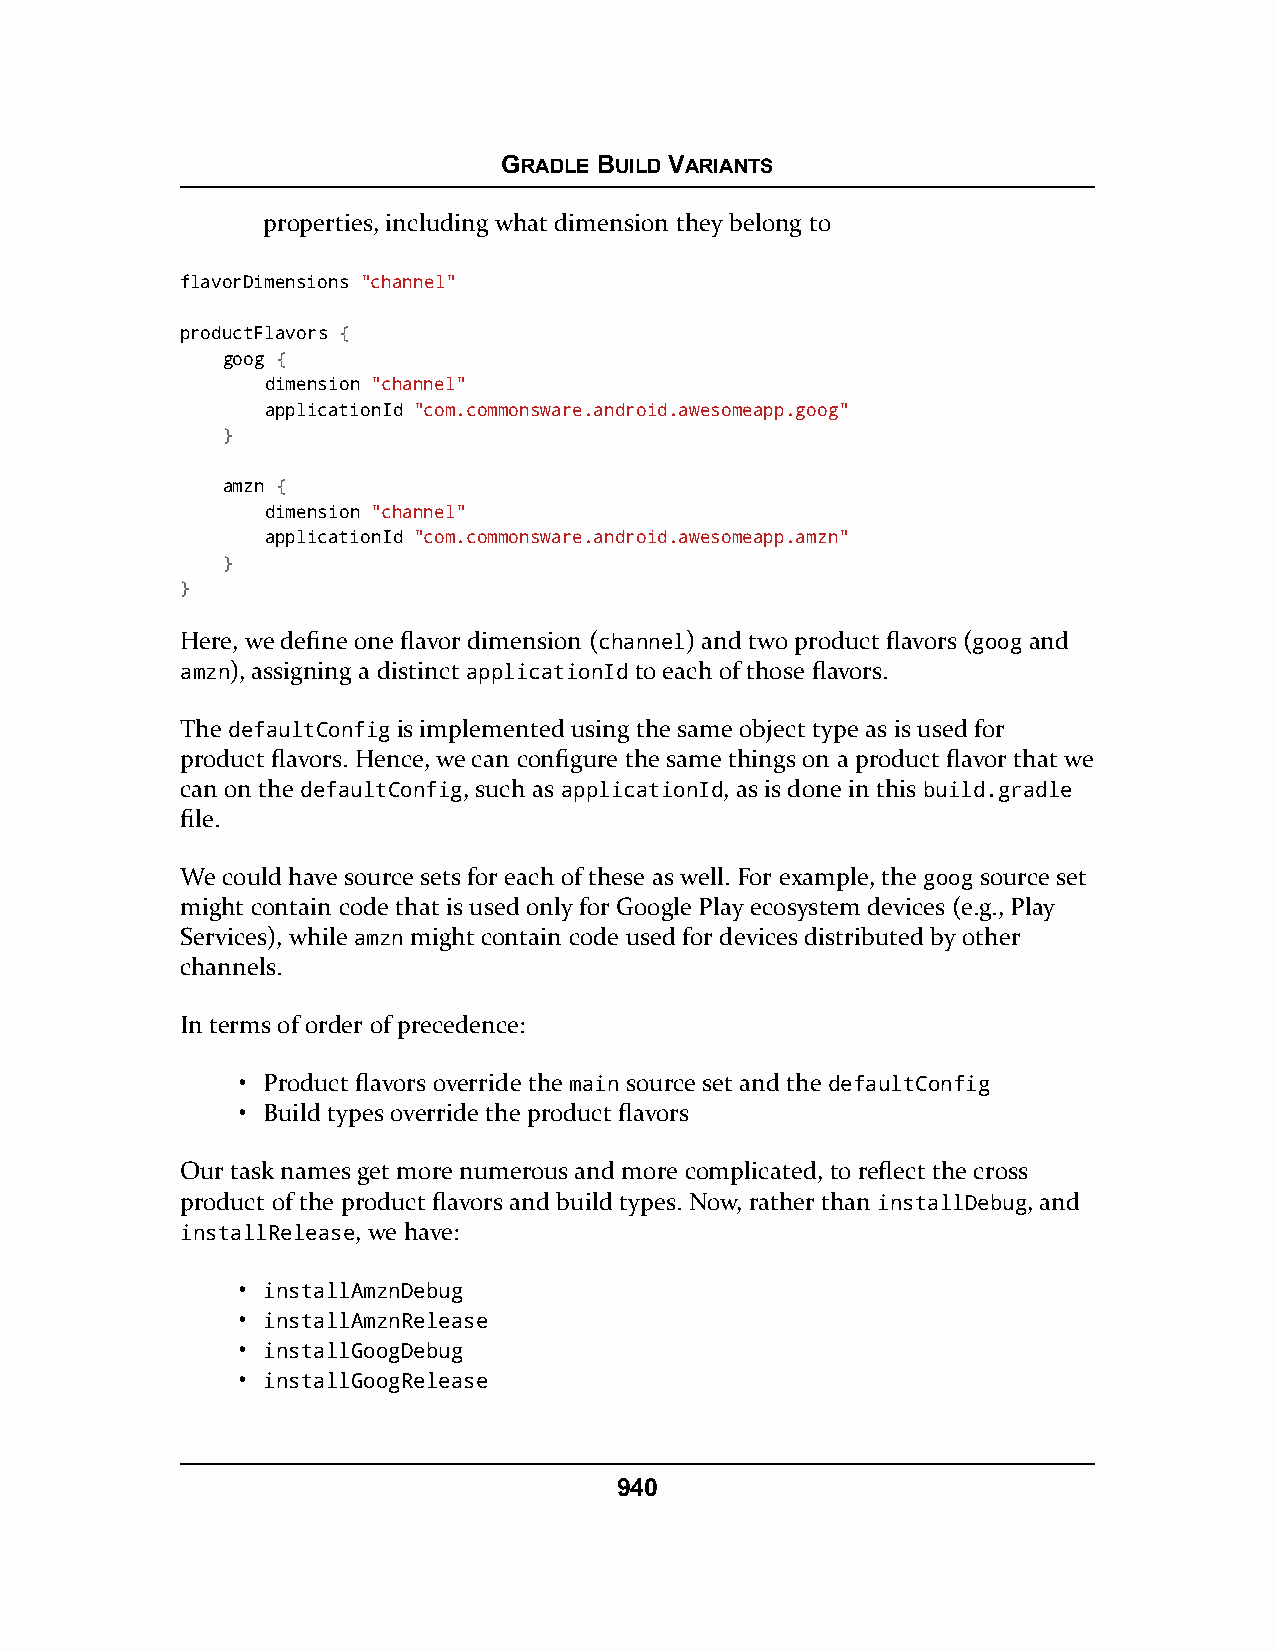
GRADLE BUILD VARIANTS
 properties, including what dimension they belong to
 flavorDimensions "channel"
 productFlavors {
 goog {
 dimension "channel"
 applicationId "com.commonsware.android.awesomeapp.goog"
 }
 amzn {
 dimension "channel"
 applicationId "com.commonsware.android.awesomeapp.amzn"
 }
 }
 Here, we define one flavor dimension (channel) and two product flavors (goog and
 amzn), assigning a distinct applicationId to each of those flavors.
 The defaultConfig is implemented using the same object type as is used for
 product flavors. Hence, we can configure the same things on a product flavor that we
 can on the defaultConfig, such as applicationId, as is done in this build.gradle
 file.
 We could have source sets for each of these as well. For example, the goog source set
 might contain code that is used only for Google Play ecosystem devices (e.g., Play
 Services), while amzn might contain code used for devices distributed by other
 channels.
 In terms of order of precedence:
 • Product flavors override the main source set and the defaultConfig
 • Build types override the product flavors
 Our task names get more numerous and more complicated, to reflect the cross
 product of the product flavors and build types. Now, rather than installDebug, and
 installRelease, we have:
 • installAmznDebug
 • installAmznRelease
 • installGoogDebug
 • installGoogRelease
 940